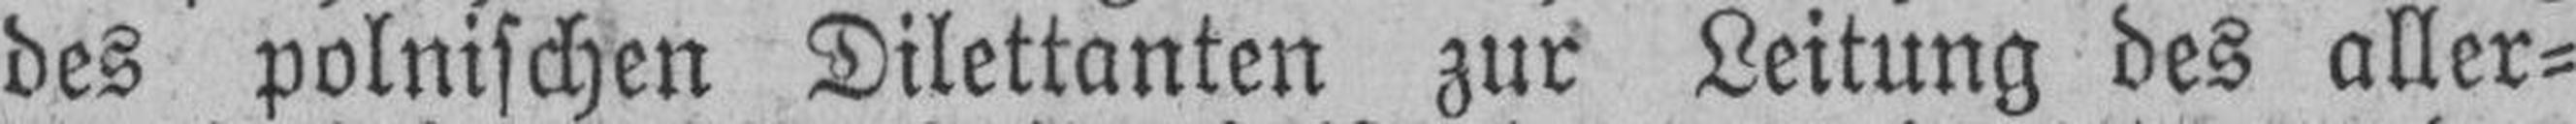
des polnischen Dilettanten zur Leitung des aller¬